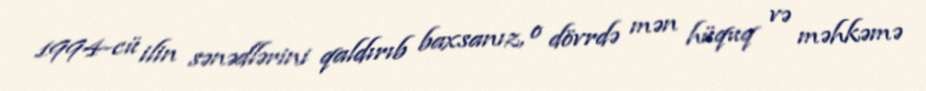
1994-cü ilin sənədlərini qaldırıb baxsanız, o dövrdə mən hüquq və məhkəmə